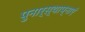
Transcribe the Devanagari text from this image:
पुनार्स्थाप्नाएं